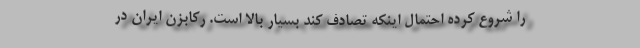
را شروع کرده احتمال اینکه تصادف کند بسیار بالا است. رکابزن ایران در